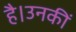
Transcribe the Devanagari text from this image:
है।उनकीं